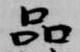
品